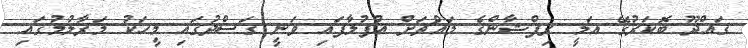
ގައްދޫ ބޮކަރުގޭ އަލީ ރިފްޝާންގެ މައްޗަށް އުފުލާފައި ވަނީ ގަސްދުގައި މީހަކު މަރާލުމުގައި